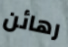
رهائن